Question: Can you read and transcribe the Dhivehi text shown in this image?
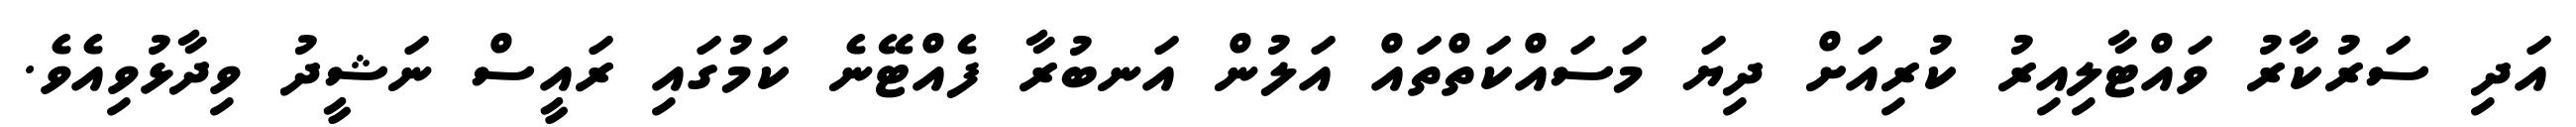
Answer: އަދި ސަރުކާރު ވައްޓާލިއިރު ކުރިއަށް ދިޔަ މަސައްކަތްތައް އަލުން އަނބުރާ ފެއްޓޭނެ ކަމުގައި ރައީސް ނަޝީދު ވިދާޅުވިއެވެ.